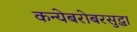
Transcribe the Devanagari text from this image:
कन्येबरोबरसुद्धा